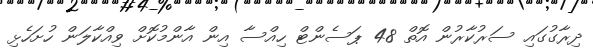
ދިރާގުގައި ސަރުކާރުން އޮތް 48 ޕަސެންޓް ހިއްސާ އިން އާންމުކޮށް ވިއްކާލަން ހުށަހެޅި